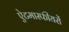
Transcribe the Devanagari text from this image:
ऐटमास्फीयरों